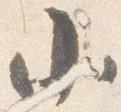
小